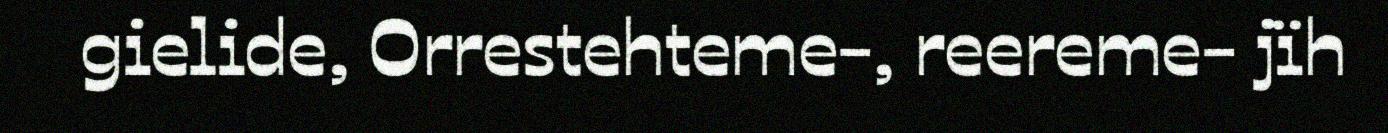
gielide, Orrestehteme-, reereme- jïh